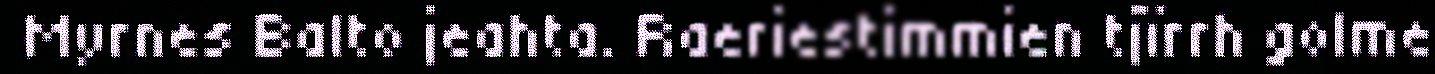
Myrnes Balto jeahta. Raeriestimmien tjïrrh golme